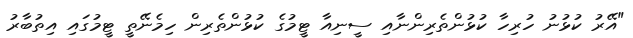
"އޭރު ކުޅުނު ހުރިހާ ކުޅުންތެރިންނާއި ސީނިއާ ޓީމުގެ ކުޅުންތެރިން ހިމެނޭތީ ޓީމުގައި އިތުބާރު